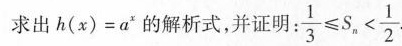
求出$$h ( x ) = a _ { x }$$的解析式，并证明：$$\frac { 1 } { 3 } ≤ S _ { n } < \frac { 1 } { 2 }$$.